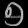
Digit: ၅